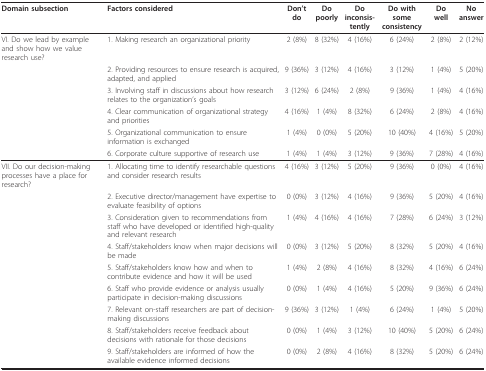
<table><thead><tr><td><b>Domain subsection</b></td><td><b>Factors considered</b></td><td><b>Don&#x27;t do</b></td><td><b>Do poorly</b></td><td><b>Do inconsis-tently</b></td><td><b>Do with some consistency</b></td><td><b>Do well</b></td><td><b>No answer</b></td></tr></thead><tbody><tr><td>VI. Do we lead by example and show how we value research use?</td><td>1. Making research an organizational priority</td><td>2 (8%)</td><td>8 (32%)</td><td>4 (16%)</td><td>6 (24%)</td><td>2 (8%)</td><td>2 (12%)</td></tr><tr><td></td><td>2. Providing resources to ensure research is acquired, adapted, and applied</td><td>9 (36%)</td><td>3 (12%)</td><td>4 (16%)</td><td>3 (12%)</td><td>1 (4%)</td><td>5 (20%)</td></tr><tr><td></td><td>3. Involving staff in discussions about how research relates to the organization&#x27;s goals</td><td>3 (12%)</td><td>6 (24%)</td><td>2 (8%)</td><td>9 (36%)</td><td>1 (4%)</td><td>4 (16%)</td></tr><tr><td></td><td>4. Clear communication of organizational strategy and priorities</td><td>4 (16%)</td><td>1 (4%)</td><td>8 (32%)</td><td>6 (24%)</td><td>2 (8%)</td><td>4 (16%)</td></tr><tr><td></td><td>5. Organizational communication to ensure information is exchanged</td><td>1 (4%)</td><td>0 (0%)</td><td>5 (20%)</td><td>10 (40%)</td><td>4 (16%)</td><td>5 (20%)</td></tr><tr><td></td><td>6. Corporate culture supportive of research use</td><td>1 (4%)</td><td>1 (4%)</td><td>3 (12%)</td><td>9 (36%)</td><td>7 (28%)</td><td>4 (16%)</td></tr><tr><td>VII. Do our decision-making processes have a place for research?</td><td>1. Allocating time to identify researchable questions and consider research results</td><td>4 (16%)</td><td>3 (12%)</td><td>5 (20%)</td><td>9 (36%)</td><td>0 (0%)</td><td>4 (16%)</td></tr><tr><td></td><td>2. Executive director/management have expertise to evaluate feasibility of options</td><td>0 (0%)</td><td>3 (12%)</td><td>4 (16%)</td><td>9 (36%)</td><td>5 (20%)</td><td>4 (16%)</td></tr><tr><td></td><td>3. Consideration given to recommendations from staff who have developed or identified high-quality and relevant research</td><td>1 (4%)</td><td>4 (16%)</td><td>4 (16%)</td><td>7 (28%)</td><td>6 (24%)</td><td>3 (12%)</td></tr><tr><td></td><td>4. Staff/stakeholders know when major decisions will be made</td><td>0 (0%)</td><td>3 (12%)</td><td>5 (20%)</td><td>8 (32%)</td><td>5 (20%)</td><td>4 (16%)</td></tr><tr><td></td><td>5. Staff/stakeholders know how and when to contribute evidence and how it will be used</td><td>1 (4%)</td><td>2 (8%)</td><td>4 (16%)</td><td>8 (32%)</td><td>4 (16%)</td><td>6 (24%)</td></tr><tr><td></td><td>6. Staff who provide evidence or analysis usually participate in decision-making discussions</td><td>0 (0%)</td><td>1 (4%)</td><td>4 (16%)</td><td>5 (20%)</td><td>9 (36%)</td><td>6 (24%)</td></tr><tr><td></td><td>7. Relevant on-staff researchers are part of decision-making discussions</td><td>9 (36%)</td><td>3 (12%)</td><td>1 (4%)</td><td>6 (24%)</td><td>1 (4%)</td><td>5 (20%)</td></tr><tr><td></td><td>8. Staff/stakeholders receive feedback about decisions with rationale for those decisions</td><td>0 (0%)</td><td>1 (4%)</td><td>3 (12%)</td><td>10 (40%)</td><td>5 (20%)</td><td>6 (24%)</td></tr><tr><td></td><td>9. Staff/stakeholders are informed of how the available evidence informed decisions</td><td>0 (0%)</td><td>2 (8%)</td><td>4 (16%)</td><td>8 (32%)</td><td>5 (20%)</td><td>6 (24%)</td></tr></tbody></table>